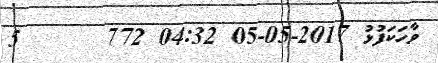
ވާހަަކަފުޅު 2017-05-05 04:32 772      5